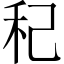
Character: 䄫